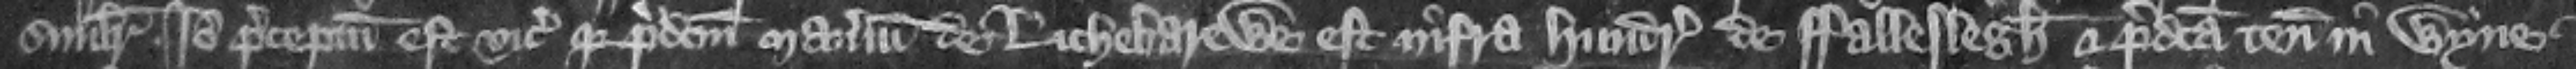
similiter. Ideo preceptum est vicecomiti quia predictum manerium de Lichebarewe est infra hundredum de Falleslegh et predicta tenementa in